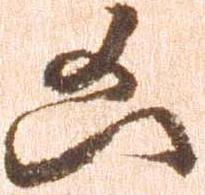
凶